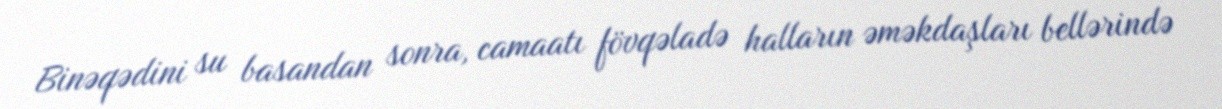
Binəqədini su basandan sonra, camaatı fövqəladə halların əməkdaşları bellərində